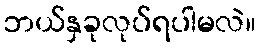
ဘယ်နှခုလုပ်ရပါမလဲ။